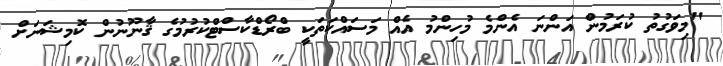
"މިވަގުތު ކުރަމުން އަންނަ އެންމެ މުހިންމު އެއް މަސައްކަތަކީ ބްރޯޑްކާސްޓްކުރުމުގެ ޤާނޫނުން ކޮމިޝަނަށް